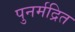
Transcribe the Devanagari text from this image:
पुनर्मद्रित